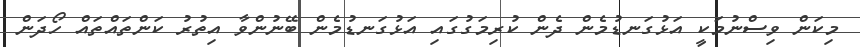
މިކަން ވިސްނުމަކީ އަޅުގަނޑުމެން ދެން ކުރިމަގުގައި އަޅުގަނޑުމެން ބޭނުންވާ އިތުރު ކަންތައްތައް ހޯދަން